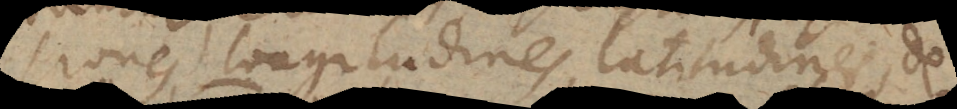
siones, longitudines, latitudines, de-